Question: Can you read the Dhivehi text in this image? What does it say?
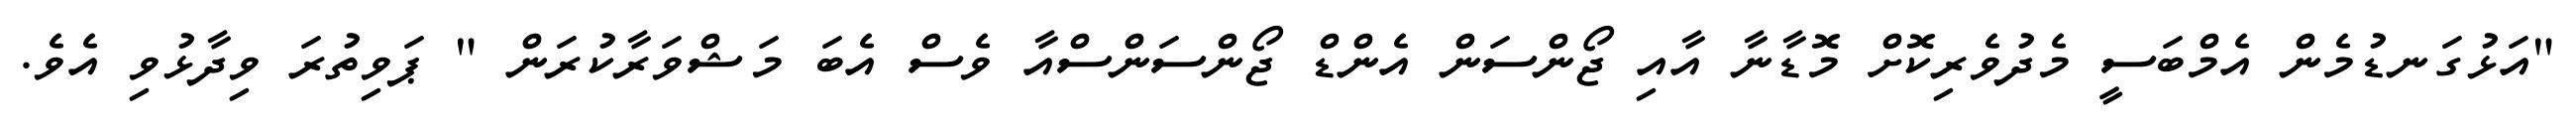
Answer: "އަޅުގަނޑުމެން އެމްބަސީ މެދުވެރިކޮށް މޮޑާނާ އާއި ޖޯންސަން އެންޑް ޖޯންސަންސްއާ ވެސް އެބަ މަޝްވަރާކުރަން " ޕަވިތުރަ ވިދާޅުވި އެވެ.